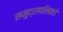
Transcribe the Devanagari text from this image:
समुद्रापलिकडे